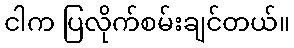
ငါက ပြလိုက်စမ်းချင်တယ်။